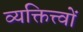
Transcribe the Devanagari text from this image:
व्यक्तित्त्वों